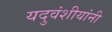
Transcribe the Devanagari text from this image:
यदुवंशीयांनी